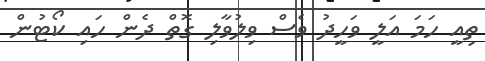
ތިއީ ހަމަ އަލީ ވަހީދު ވެސް ވިލުވާލި ގޮތް ދެން ހައި ކޯޓުން